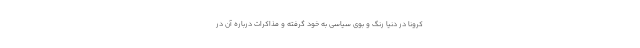
کرونا در دنیا رنگ و بوی سیاسی به خود گرفته و مذاکرات درباره آن در